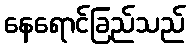
နေရောင်ခြည်သည်